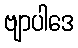
ဗျာပါဒေ